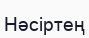
Нәсіртең